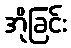
အိုခြင်း